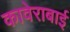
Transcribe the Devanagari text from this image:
कावेराबाई